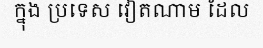
ក្នុង ប្រទេស វៀតណាម ដែល